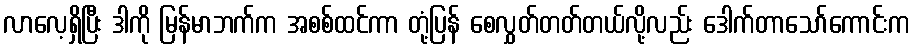
လာလေ့ရှိပြီး ဒါကို မြန်မာဘက်က အစစ်ထင်ကာ တုံ့ပြန် စေလွှတ်တတ်တယ်လို့လည်း ဒေါက်တာသော်ကောင်းက